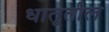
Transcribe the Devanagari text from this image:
धातूतील